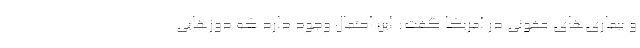
و بیماری‌های عفونی در آمریکا گفت: این احتمال وجود دارد که دوزهایی